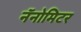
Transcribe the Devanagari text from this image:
नॅनोमिटर